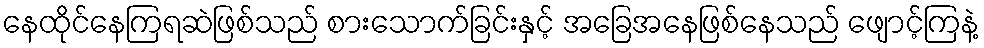
နေထိုင်နေကြရဆဲဖြစ်သည် စားသောက်ခြင်းနှင့် အခြေအနေဖြစ်နေသည် ဖျောင့်ကြနဲ့